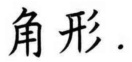
角形.